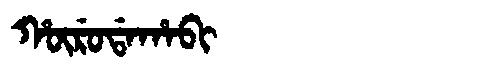
Manchu: ᡥᡡᡵᡠᡩᠠᡥᠠᠪᡳ
Romanization: HŪRUDAHABI